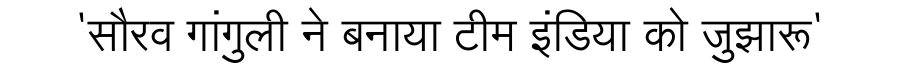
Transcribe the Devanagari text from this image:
'सौरव गांगुली ने बनाया टीम इंडिया को जुझारू'